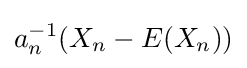
a_{n}^{-1}(X_{n}-E(X_{n}))